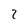
Character: 2